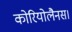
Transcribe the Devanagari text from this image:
कोरियोलैनस।